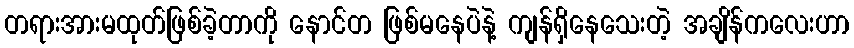
တရားအားမထုတ်ဖြစ်ခဲ့တာကို နောင်တ ဖြစ်မနေပဲနဲ့ ကျန်ရှိနေသေးတဲ့ အချိန်ကလေးဟာ